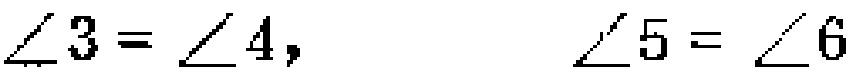
\(\angle 3 = \angle 4,\quad\angle 5 = \angle 6\)